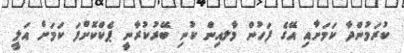
ކުރަމުންދާ ކަމަށާއި އޭގެ ފަހުން މާލއިން ކުނި ބޭރުކުރާނީ ޕެކްކޮށްފަ ކަމަށް އަލީ